Annual report on the working of the mental hospitals in the Madras Presidency - 1912-1932
Year: 1912
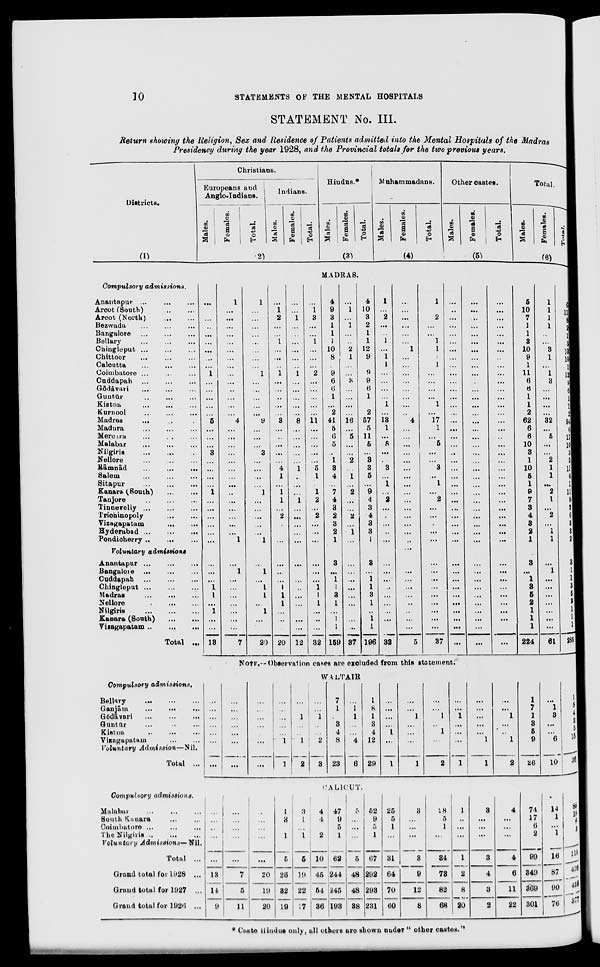
10
STATEMENTS OF THE MENTAL HOSPITALS
STATEMENT No. III.
Return showing the Religion, Sex and Residence of Patients admitted into the Mental Hospitals of the Madras
Presidency during the year 1928, and the Provincial totals for the two previous years.
Districts.
(1)
Christians.
Europeans and
Anglo-Indians.
Males.
Females.
Total.
Indians.
Males.
Females.
Total.
(2)
Hindus.*
Males.
Females.
Total.
(3)
Muhammadans.
Males.
Females.
Total.
(4)
Other castes.
Males.
Females.
Total.
(5)
Total.
Males.
Females.
Total.
(6)
MADRAS.
Compulsory
admissions.
Anantapur ... ... ...
Arcot (South) ... ...
Arcot (North)
...
...
Bezwada ... ... ...
Bangalore ... ... ...
Bellary ... ... ...
Chingleput ... ... ...
Chittoor ... ... ...
Calcutta
...
...
...
Coimbatore ... ... ...
Cuddapah
...
...
...
Gōdāvari ... ... ...
Guntur
...
...
...
Kistna
...
...
...
Kurnool ... ... ...
Madras ... ... ...
Madura ... ... ...
Mercara ... ... ...
Malabar
...
...
...
Nilgiris ... ... ...
Nellore
...
...
...
Rāmnād
...
...
...
Salem
...
...
...
Sitapur ... ... ...
Kanara (South) ... ...
Tanjore
...
...
...
Tinnevelly
...
...
...
Trichinopoly
...
...
Vizagapatam ... ...
Hyderabad
...
...
...
Pondicherry ... ... ...
Voluntary
admissions
Anantapur
...
...
...
Bangalore
...
...
...
Cuddapah ... ... ...
Chingleput
...
...
...
Madras
...
...
...
Nellore
...
...
...
Nilgiris
...
...
...
Kanara (South) ... ... ...
Vizagapatam
...
...
...
Total
...
...
...
...
...
...
...
...
...
...
1
...
...
...
...
...
5
...
...
...
3
...
...
...
...
1
...
...
...
...
...
...
...
...
...
1
1
...
1
...
...
13
1
...
...
...
...
...
...
...
...
...
...
...
...
...
...
4
...
...
...
...
...
...
...
...
...
...
...
...
...
...
1
...
1
...
...
...
...
...
...
...
7
1
...
...
...
...
...
...
...
...
1
...
...
...
...
...
9
...
...
...
3
...
...
...
...
1
...
...
...
...
...
1
...
1
...
1
1
...
1
...
...
20
...
1
2
...
...
1
...
...
...
1
...
...
...
...
...
3
...
...
...
...
...
4
1
...
1
1
...
2
...
...
...
...
...
...
1
1
1
...
...
...
20
...
...
1
...
...
...
...
...
...
1
...
...
...
...
...
8
...
...
...
...
...
1
...
...
...
1
...
...
...
...
...
...
...
...
...
...
...
...
...
...
12
...
1
3
...
...
1
...
...
...
2
...
...
...
...
...
11
...
...
...
...
...
5
1
...
1
2
...
2
...
...
...
...
...
...
1
1
1
...
...
...
32
4
9
3
1
1
1
10
8
...
9
6
6
1
...
2
41
5
6
5
...
1
3
4
...
7
4
3
2
3
2
1
3
...
1
1
3
1
...
1
1
159
...
1
...
1
...
...
2
1
...
...
3
...
...
...
...
16
...
5
...
...
2
...
1
...
2
...
...
2
...
1
...
...
...
...
...
...
...
...
...
...
37
4
10
3
2
1
1
12
9
...
9
9
6
1
2
57
5
11
5
...
3
3
5
...
9
4
3
4
3
3
1
3
...
1
1
3
1
...
1
1
196
1
...
2
...
...
1
...
1
1
...
...
...
...
1
...
13
1
...
5
...
...
3
...
1
...
2
...
...
...
...
...
...
...
...
...
...
...
...
...
...
32
...
...
...
...
...
...
1
...
...
...
...
...
...
...
...
4
...
...
...
...
...
...
...
...
...
...
...
...
...
...
...
...
...
...
...
...
...
...
...
...
5
1
...
2
...
...
1
1
1
1
...
...
...
...
1
...
17
1
...
5
...
...
3
...
1
...
2
...
...
...
...
...
...
...
...
...
...
...
...
...
...
37
...
...
...
...
...
...
...
...
...
...
...
...
...
...
...
...
...
...
...
...
...
...
...
...
...
...
...
...
...
...
...
...
...
...
...
...
...
...
...
...
...
...
...
...
...
...
...
...
...
...
...
...
...
...
...
...
...
...
...
...
...
...
...
...
...
...
...
...
...
...
...
...
...
...
...
...
...
...
...
...
...
...
...
...
...
...
...
...
...
...
...
...
...
...
...
...
...
...
...
...
...
...
...
...
...
...
...
...
...
...
...
...
...
...
...
...
...
...
...
...
...
...
...
5
10
7
1
1
3
10
9
1
11
6
6
1
1
2
62
6
6
10
3
1
10
5
1
9
7
3
4
3
2
1
3
...
1
3
5
2
1
1
1
224
1
1
1
1
...
...
3
1
...
1
3
...
...
...
...
32
...
5
...
...
2
1
1
...
2
1
...
2
...
1
1
...
1
...
...
...
...
...
...
...
61
6
11
8
2
1
3
13
10
1
12
9
6
1
1
2
94
6
11
10
3
3
11
6
1
11
8
3
6
3
3
2
3
1
1
3
5
2
1
1
1
285
NOTE.— Observation cases are excluded from this statement.
WALTAIR
Compulsory
admissions.
Bellary ... ... ...
Ganjām
...
...
...
Gōdāvari ... ... ...
Guntur ... ... ...
Kistna ... ... ...
Vizagapatam ... ...
Voluntary
Admission—Nil.
Total ...
...
...
...
...
...
...
...
...
...
...
...
...
...
...
...
...
...
...
...
...
...
...
...
...
...
...
1
1
...
...
1
...
...
1
2
...
...
1
...
...
2
3
7
1
...
3
4
8
23
...
1
1
...
...
4
6
1
8
1
3
4
12
29
...
...
...
...
1
...
1
...
...
1
...
...
...
1
...
...
1
...
1
...
2
...
...
1
...
...
...
1
...
...
...
...
...
1
1
...
...
1
...
...
1
2
1
7
1
3
5
9
26
...
1
3
...
...
6
10
1
8
4
3
5
15
36
CALICUT.
Compulsory
admissions.
Malabar ... ... ...
South Kanara ... ...
Coimbatore ... ... ...
The Nilgiris
...
...
...
Voluntary
Admissions—Nil.
Total ...
Grand total for 1928 ...
Grand total for 1927 ...
Grand total for 1926 ...
...
...
...
...
...
13
14
9
...
...
...
...
...
7
5
11
...
...
...
...
...
20
19
20
1
3
...
1
5
26
32
19
3
1
...
1
5
19
22
17
4
4
...
2
10
45
54
36
47
9
5
1
62
244
245
193
5
...
...
...
5
48
48
38
52
9
5
1
67
292
293
231
25
5
1
...
31
64
70
60
3
...
...
...
3
9
12
8
28
5
1
...
34
73
82
68
1
...
...
...
1
2
8
20
3
...
...
...
3
4
3
2
4
...
...
...
4
6
11
22
74
17
6
2
99
349
369
301
14
1
...
1
16
87
90
76
88
18
6
3
115
436
459
377
* Caste Hindus only, all others are shown under " other castes."